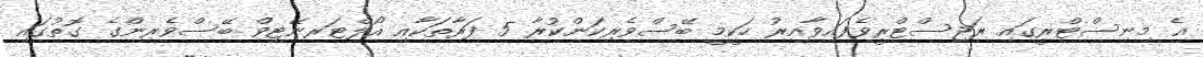
އެ މިނިސްޓްރީގައި ރަޖިސްޓްރީވެފައިވާއިރު ހަކީމީ ބޭސްވެރިކަންކުރާ 5 ފަރާތަކާއި އޯލްޓަރނޭޓިވް ބޭސްވެރިންގެ ގޮތުގައި